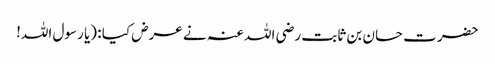
حضرت حسان بن ثابت رضی اللہ عنہ نے عرض کیا : (یا رسول اللہ!